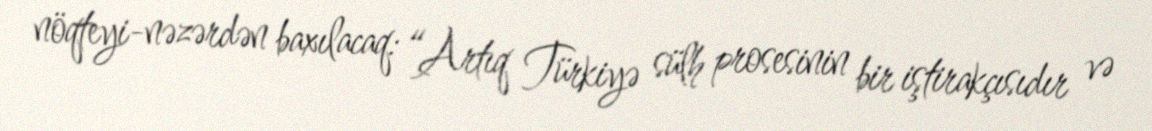
nöqteyi-nəzərdən baxılacaq: “Artıq Türkiyə sülh prosesinin bir iştirakçısıdır və